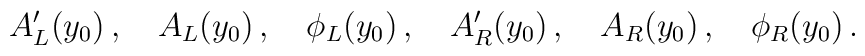
A_L'(y_0)\,,\quad A_L(y_0)\,,\quad \phi_L(y_0)\,,\quad A_R'(y_0)\,,\quad A_R(y_0)\,,\quad \phi_R(y_0)\,.